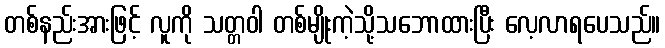
တစ်နည်းအားဖြင့် လူကို သတ္တဝါ တစ်မျိုးကဲ့သို့သဘောထားပြီး လေ့လာရပေသည်။